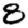
Digit: 8